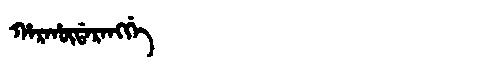
Manchu: ᡥᠠᡵᡥᡡᡩᠠᡵᠠᠩᡤᡝ
Romanization: HARHŪDARANGGE